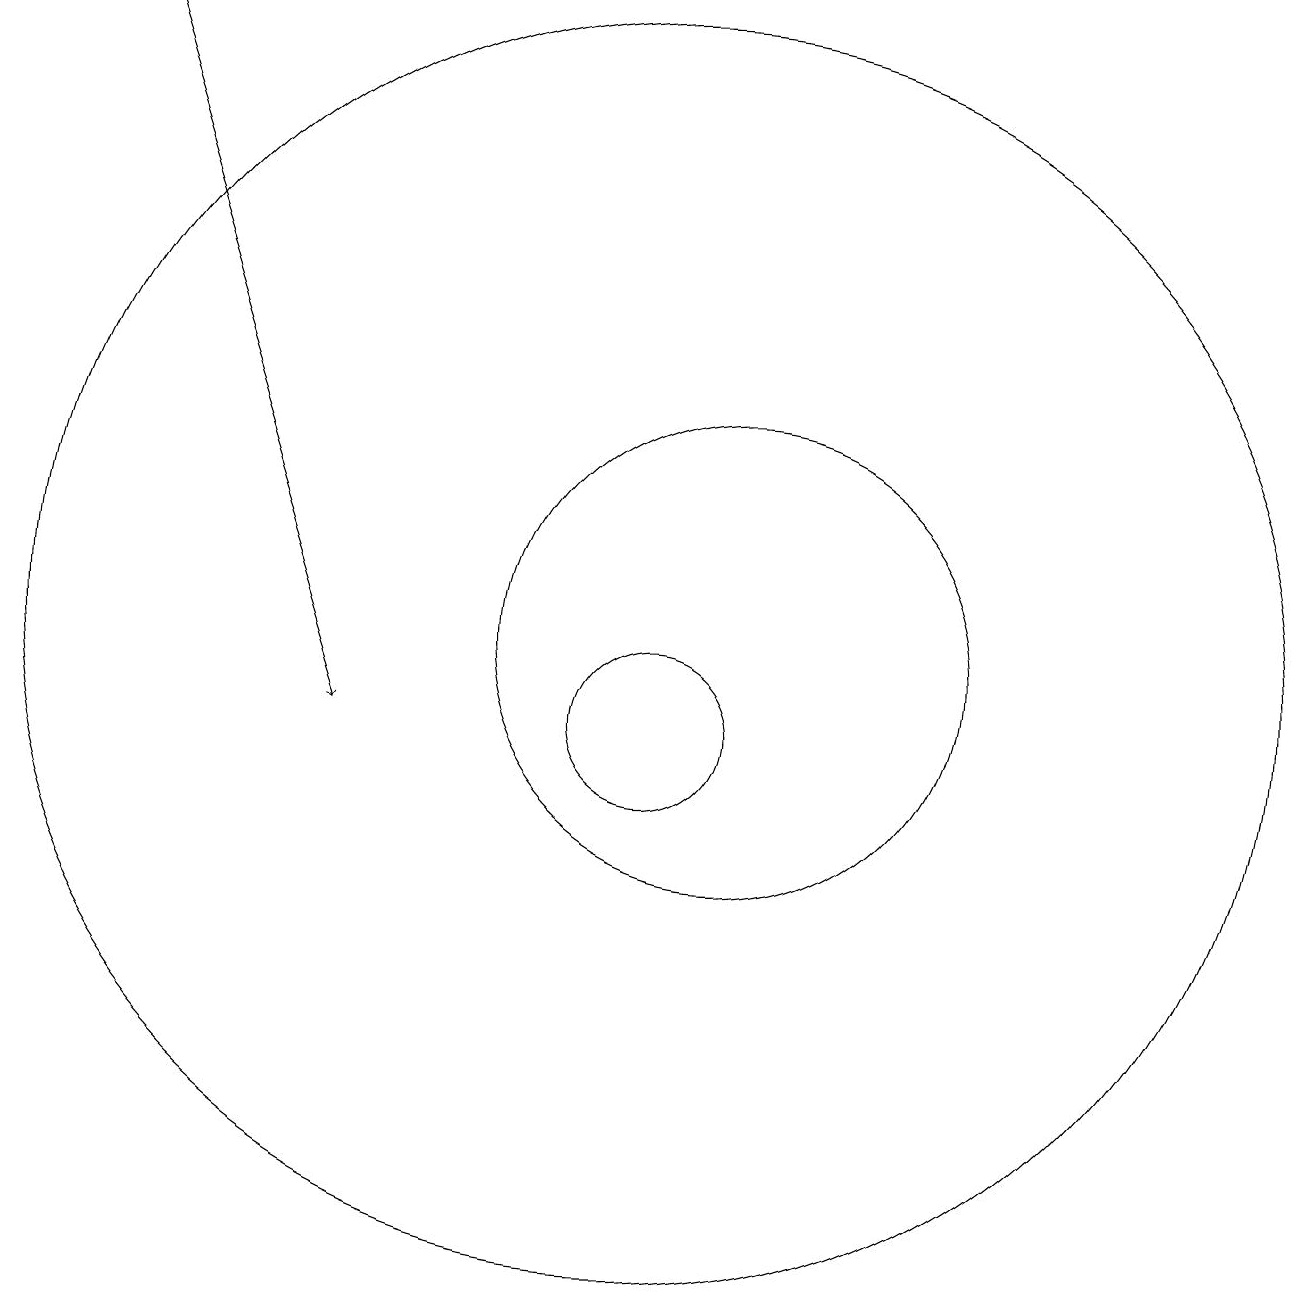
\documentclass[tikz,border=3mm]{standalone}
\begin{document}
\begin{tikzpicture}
\draw[->] (3,19) -- (6,10);
\draw (10,10) circle (1);
\draw (10,11) circle (8);
\draw (11,11) circle (3);
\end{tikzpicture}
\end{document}